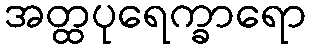
အတ္ထပုရေက္ခာရော